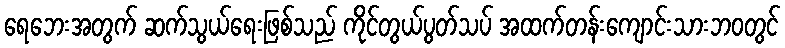
ရေဘေးအတွက် ဆက်သွယ်ရေးဖြစ်သည် ကိုင်တွယ်ပွတ်သပ် အထက်တန်းကျောင်းသားဘဝတွင်